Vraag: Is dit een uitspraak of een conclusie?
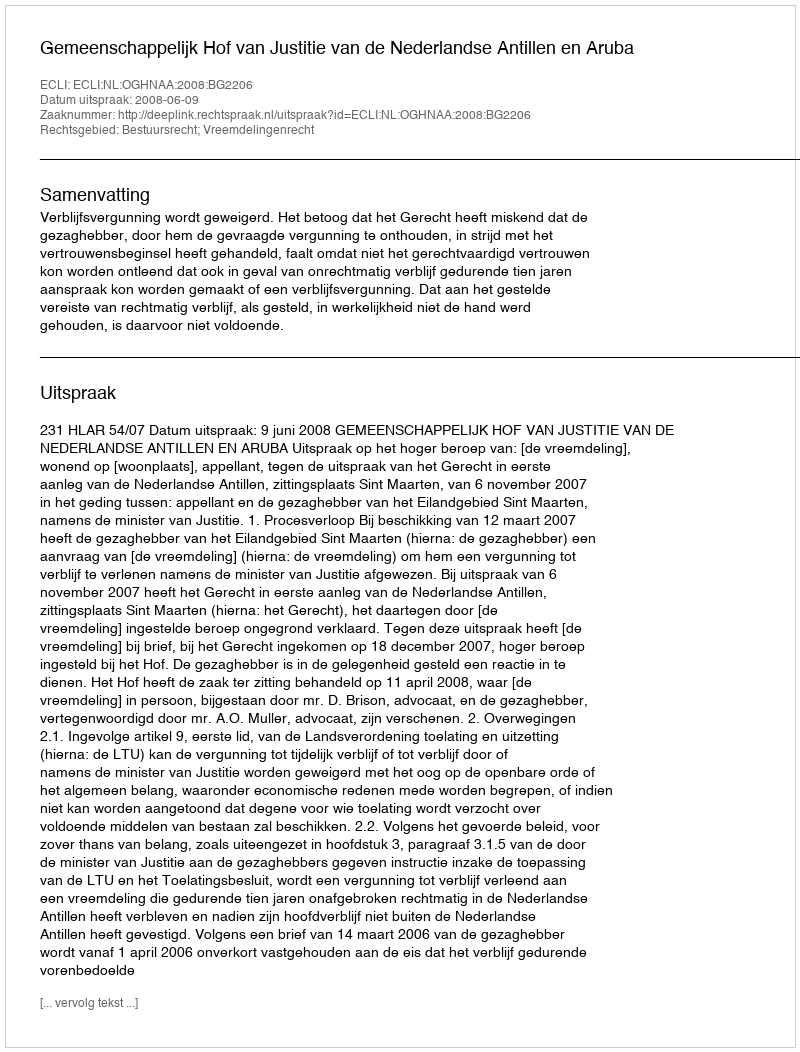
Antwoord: Uitspraak